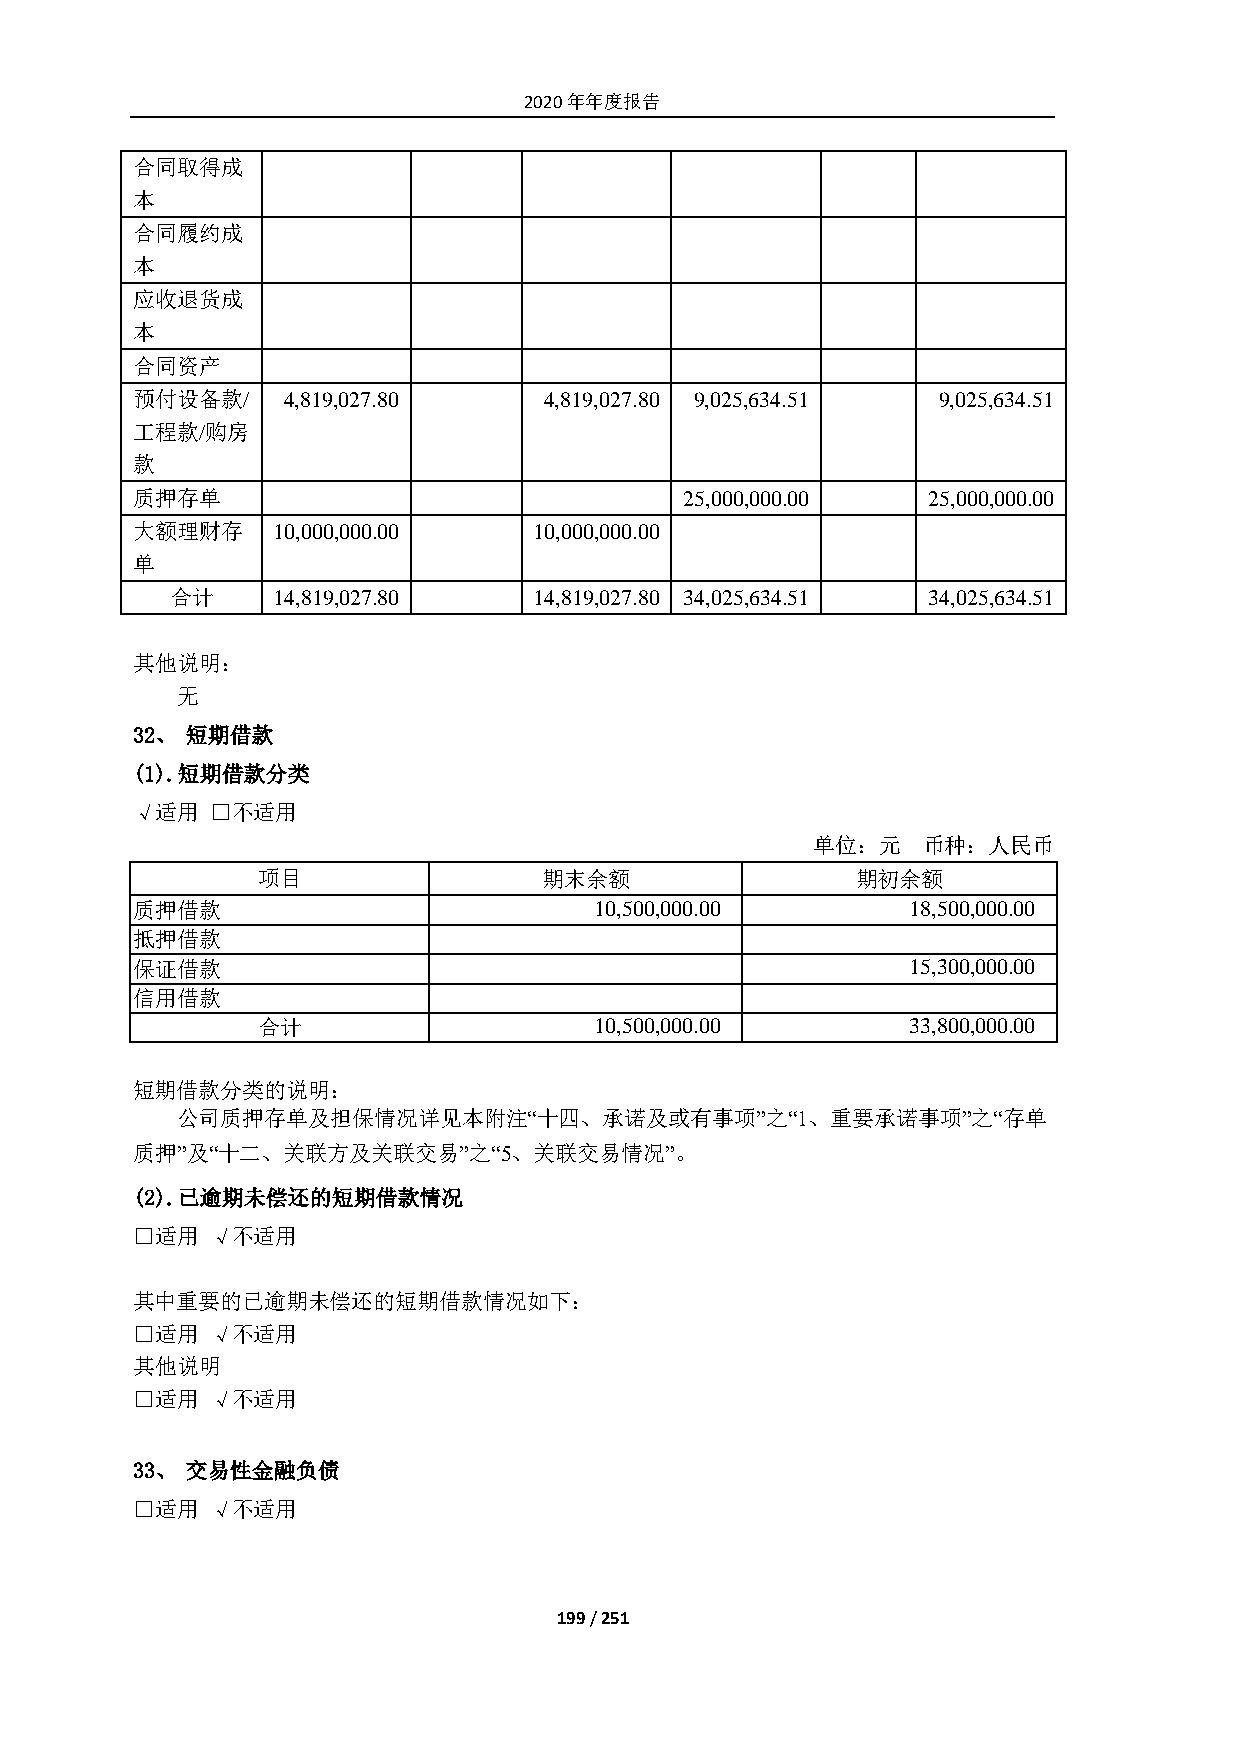
2020年年度报告
 合同取得成
 本
 合同履约成
 本
 应收退货成
 本
 合同资产
 预付设备款/    4,819,027.80     4,819,027.80 9,025,634.51 9,025,634.51
 工程款/购房
 款
 质押存单                                25,000,000.00   25,000,000.00
 大额理财存    10,000,000.00    10,000,000.00
 单
 合计     14,819,027.80    14,819,027.80 34,025,634.51 34,025,634.51
 其他说明：
 无
 32、 短期借款
 (1). 短期借款分类
 √适用  □不适用
 单位：元   币种：人民币
 项目                 期末余额                 期初余额
 质押借款                          10,500,000.00        18,500,000.00
 抵押借款
 保证借款                                               15,300,000.00
 信用借款
 合计                    10,500,000.00        33,800,000.00
 短期借款分类的说明：
 公司质押存单及担保情况详见本附注“十四、承诺及或有事项”之“1、重要承诺事项”之“存单
 质押”及“十二、关联方及关联交易”之“5、关联交易情况”。
 (2). 已逾期未偿还的短期借款情况
 □适用  √不适用
 其中重要的已逾期未偿还的短期借款情况如下：
 □适用  √不适用
 其他说明
 □适用  √不适用
 33、 交易性金融负债
 □适用  √不适用
 199 / 251